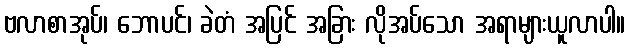
ဗလာစာအုပ်၊ ဘောပင်၊ ခဲတံ အပြင် အခြား လိုအပ်သော အရာများယူလာပါ။